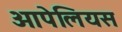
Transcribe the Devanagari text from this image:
ओपेलियस